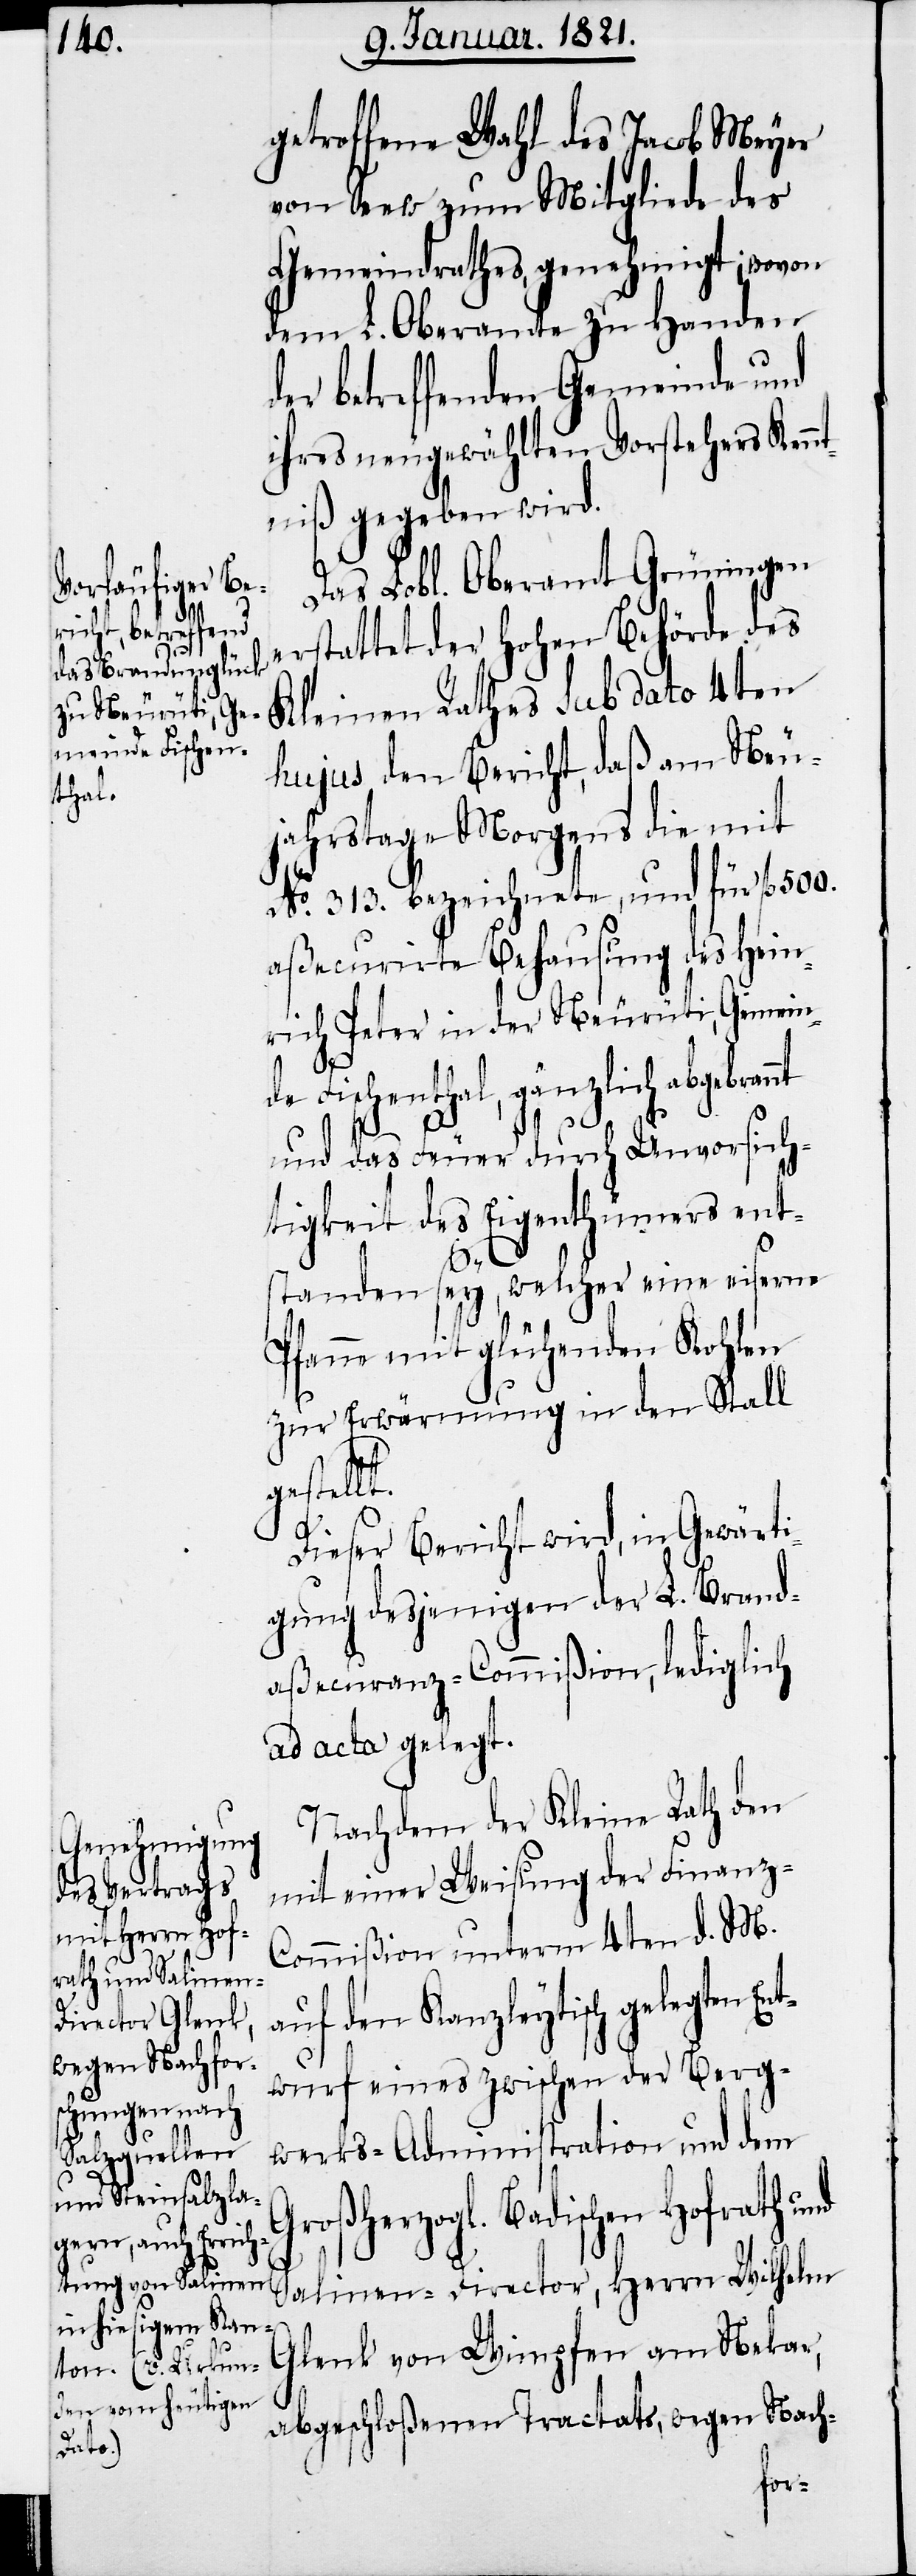
getroffene Wahl des Jacob Meyer
von Seew zum Mitgliede des
Gemeindrathes, genehmigt; wovon
dem L. Oberamte zu Handen
der betreffenden Gemeinde und
ihres neugewählten Vorstehers Kennt¬
niß gegeben wird.
Das Lobl. Oberamt Grüningen
erstattet der hohen Behörde des
Kleinen Rathes sub dato 4ten
hujus den Bericht, daß am Neu¬
jahrstage Morgens die mit
No. 313. bezeichnete, und für fl. 500.
aßecurirte Behausung des Hein¬
rich Peter in der Neurüti, Gemein¬
de Fischenthal, gänzlich abgebrannt
und das Feuer durch Unvorsich¬
tigkeit des Eigenthümers ent¬
Gr¬
standen sey, welcher eine eiserne
Pfanne mit glühenden Kohlen
zur Erwärmung in den Stall
gestell¬
nd
Dieser Bericht wird, in Gewärti¬
gung desjenigen der L. Brand¬
aßecuranz-Commißion lediglich
ad acta gelegt.
Nachdem der Kleine Rath den
mit einer Weisung der Finanz-C¬
ommißion unterm 4ten d. M.
auf den Kanzleytisch gelegten En¬
twurf eines zwischen der Berg¬
werks-Administration und dem
oßherzogl. Badischen Hofrath u¬
Salinen-Director, Herrn Wilhelm
Glenk von Wimpfen am Nekar,
abgeschloßenen Tractats, wegen Nach-